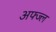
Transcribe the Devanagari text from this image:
अफ्ज्ल